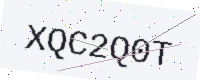
Text: XQC2Q0T